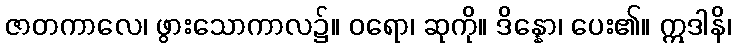
ဇာတကာလေ၊ ဖွားသောကာလ၌။ ဝရော၊ ဆုကို။ ဒိန္နော၊ ပေး၏။ ဣဒါနိ၊